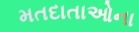
મતદાતાઓના